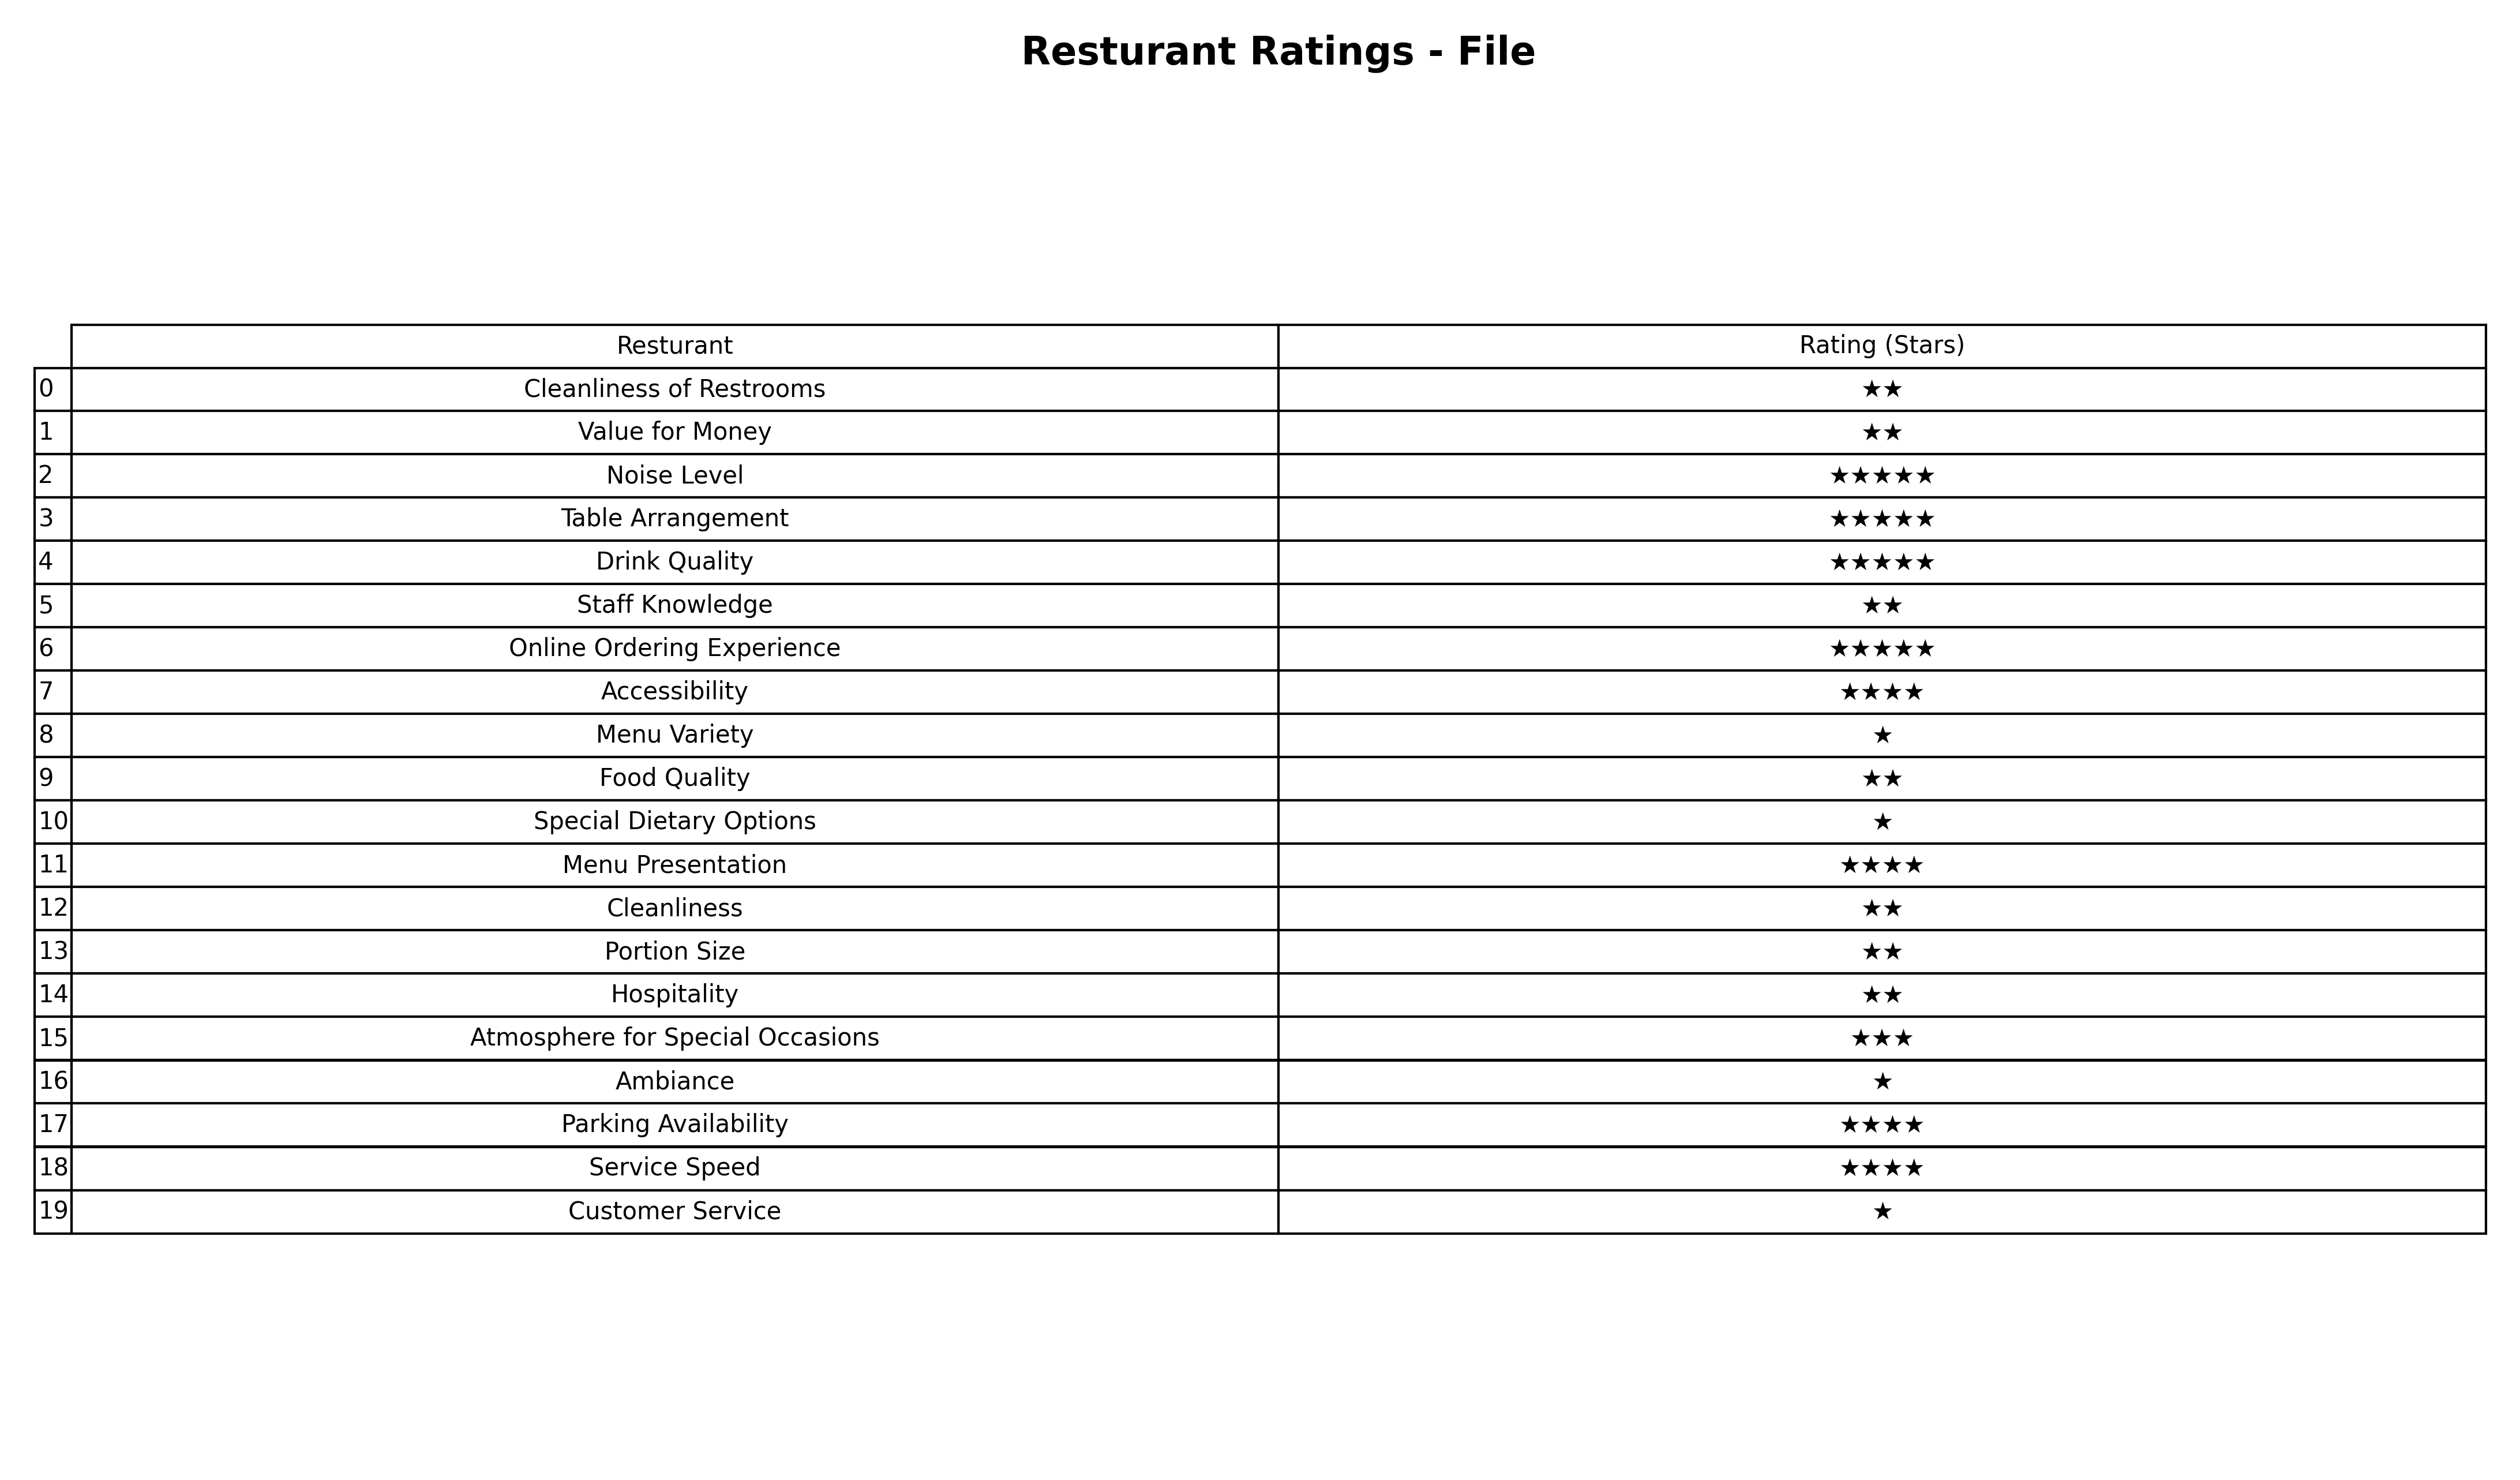
question: What is the rating of Hospitality?
answer: ★★